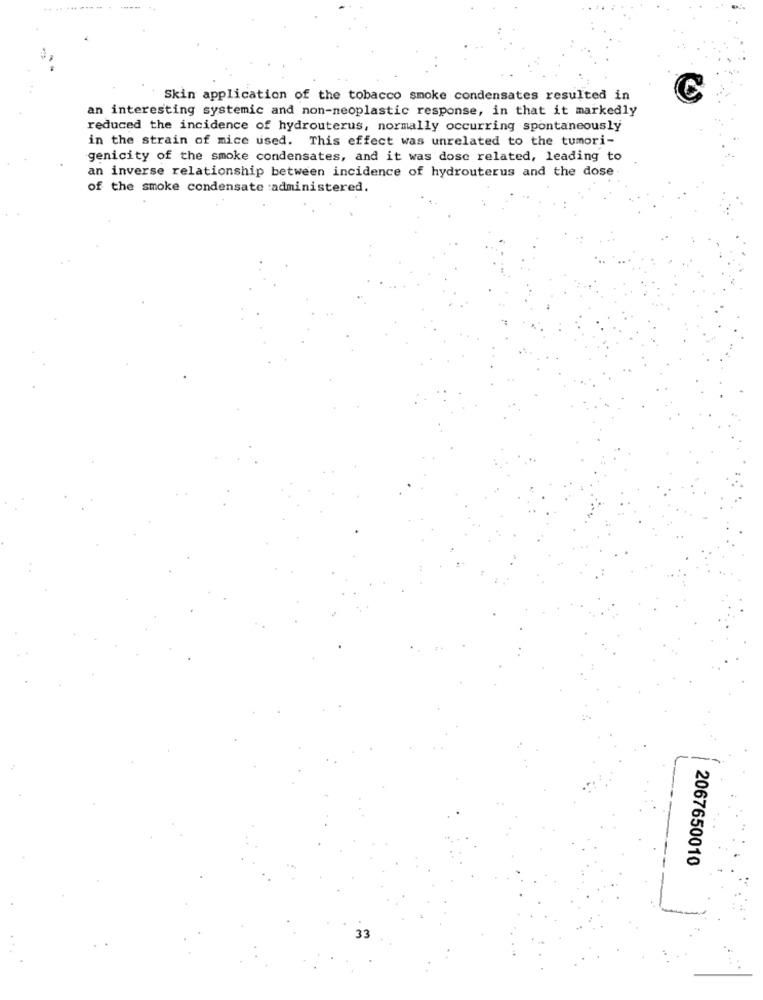
....... ....
Skin application of the tobacco smoke condensates resulted in
an interesting systemic and non-neoplastic response, in that it markedly
reduced the incidence of hydrouterus, normally occurring spontaneously
in the strain of mice used. This effect was unrelated to the tumori-
genicity of the smoke condensates, and it was dosc related, leading to
an inverse relationship between incidence of hydrouterus and the dose
of the smoke condensate :administered.
2067650010